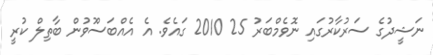
ނަޝީދުގެ ސަރުކާރުގައި ނޮވެމްބަރު 25 2010 ގައެވެ. އެ އެއްބަސްުވުން ބާތިލް ކުރީ